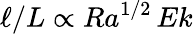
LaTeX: \ell/L\propto Ra^{1/2}\, Ek